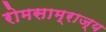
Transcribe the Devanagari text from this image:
रोमसाम्राज्य